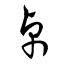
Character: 卓